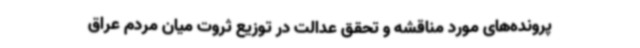
پرونده‌های مورد مناقشه و تحقق عدالت در توزیع ثروت میان مردم عراق